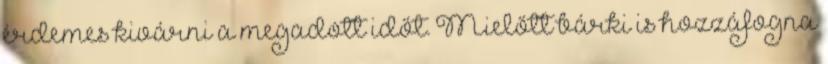
érdemes kivárni a megadott időt. Mielőtt bárki is hozzáfogna